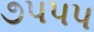
૭પપપ